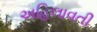
અહિલાવતી